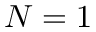
N = 1